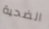
الضحية